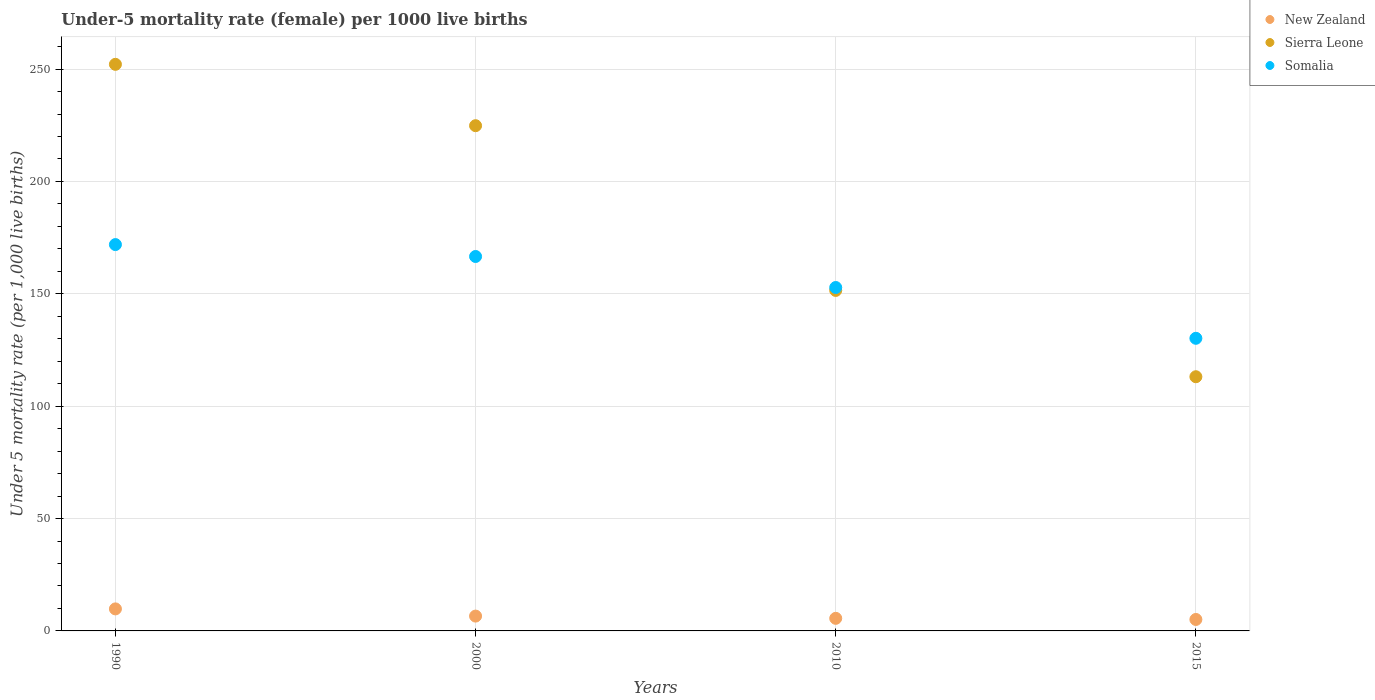
| Years | New Zealand | Sierra Leone | Somalia |
 | --- | --- | --- | --- |
 | 1990 | 9.8 | 252 | 172 |
 | 2000 | 6.6 | 225 | 167 |
 | 2010 | 5.6 | 152 | 153 |
 | 2015 | 5.1 | 113 | 130 |